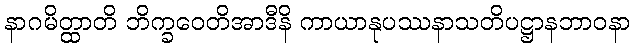
နာဂမိတ္ထာတိ ဘိက္ခဝေတိအာဒီနိ ကာယာနုပဿနာသတိပဋ္ဌာနဘာဝနာ